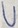
Text: U